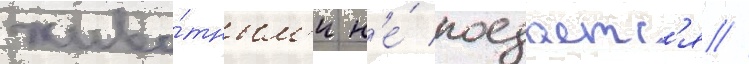
живо́тным'и н'е́ поедаетс'я //